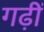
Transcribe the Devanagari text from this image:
गढ़ीं